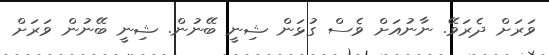
ވަރަށް ދެރަވޭ. ނާނުއަށް ވެސް ގުޅަން ޝިނީ ބޭނުން. ޝިނީ ބޭނުން ވަރަށް